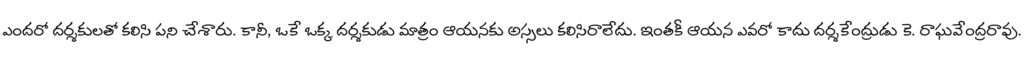
ఎందరో దర్శకులతో కలిసి పని చేశారు. కానీ, ఒకే ఒక్క దర్శకుడు మాత్రం ఆయనకు అస్సలు కలిసిరాలేదు. ఇంతకీ ఆయన ఎవరో కాదు దర్శకేంద్రుడు కె. రాఘవేంద్రరావు.